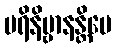
ပရိနိဗ္ဗာနန္တိပေ